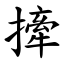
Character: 撁